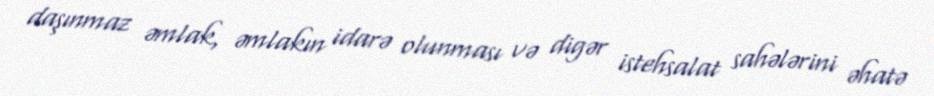
daşınmaz əmlak, əmlakın idarə olunması və digər istehsalat sahələrini əhatə